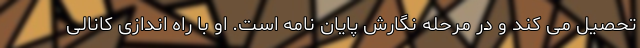
تحصیل می کند و در مرحله نگارش پایان نامه است. او با راه اندازی کانالی